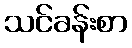
သင်ခန်းစာ